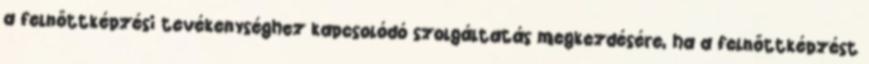
a felnőttképzési tevékenységhez kapcsolódó szolgáltatás megkezdésére, ha a felnőttképzést